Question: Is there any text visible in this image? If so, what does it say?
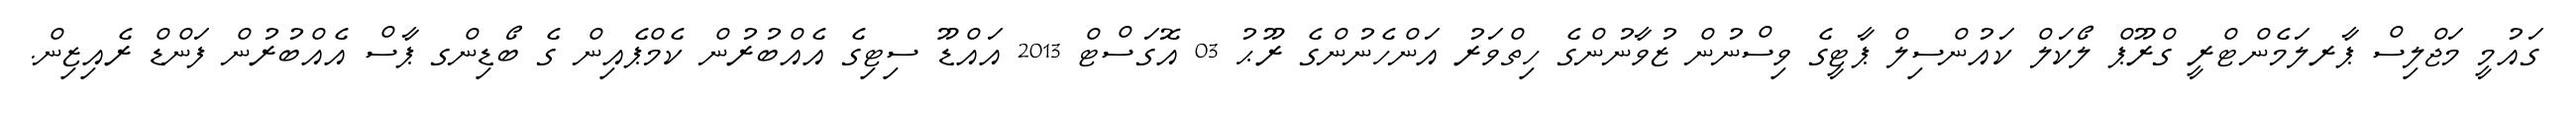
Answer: ގައުމީ މަޖްލިސް ޕާރލަމެންޓްރީ ގްރޫޕް ލޯކަލް ކައުންސިލް ޕާޓީގެ ވިސްނުން ޒުވާނުންގެ ހިތްވަރު އަންހެނުންގެ ރޫޙު 03 އޮގަސްޓް 2013 އައްޑޫ ސިޓިގެ އެއްބުރުން ކެމްޕެއިން ގެ ބޯޑިންގ ޕާސް އެއްބުރުން ފަންޑް ރެއިޒިން.